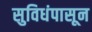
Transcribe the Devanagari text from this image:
सुविधंपासून